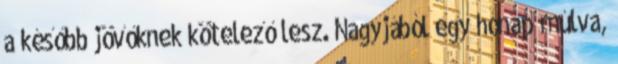
a később jövőknek kötelező lesz. Nagyjából egy hónap múlva,